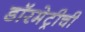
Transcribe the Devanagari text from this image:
डॉरमेट्रीची